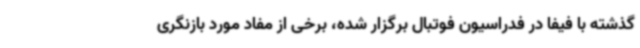
گذشته با فیفا در فدراسیون فوتبال برگزار شده، برخی از مفاد مورد بازنگری